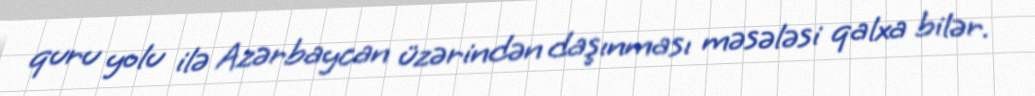
quru yolu ilə Azərbaycan üzərindən daşınması məsələsi qalxa bilər.